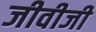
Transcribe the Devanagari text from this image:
जीवीजी